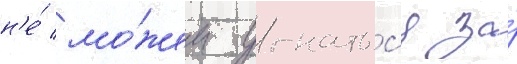
н'е́ мо́жем угнатьс'я за́